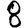
Digit: 8